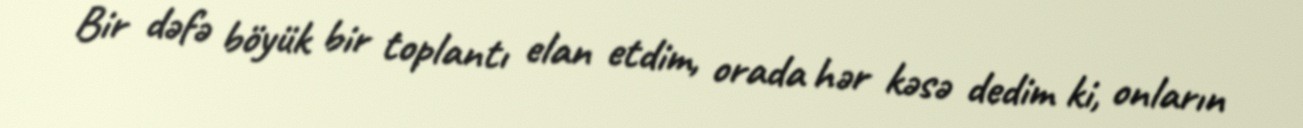
Bir dəfə böyük bir toplantı elan etdim, orada hər kəsə dedim ki, onların